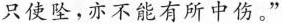
只使坠，亦不能有所中伤。”